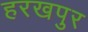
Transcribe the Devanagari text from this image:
हरखपुर